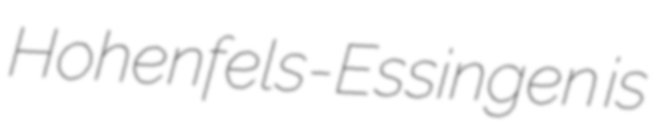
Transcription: Hohenfels-Essingen is